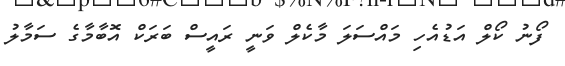
ފޯނު ކޯލް އަޑުއެހި މައްސަލަ މާކެލް ވަނީ ރައީސް ބަރަކް އޮބާމާގެ ސަމާލު